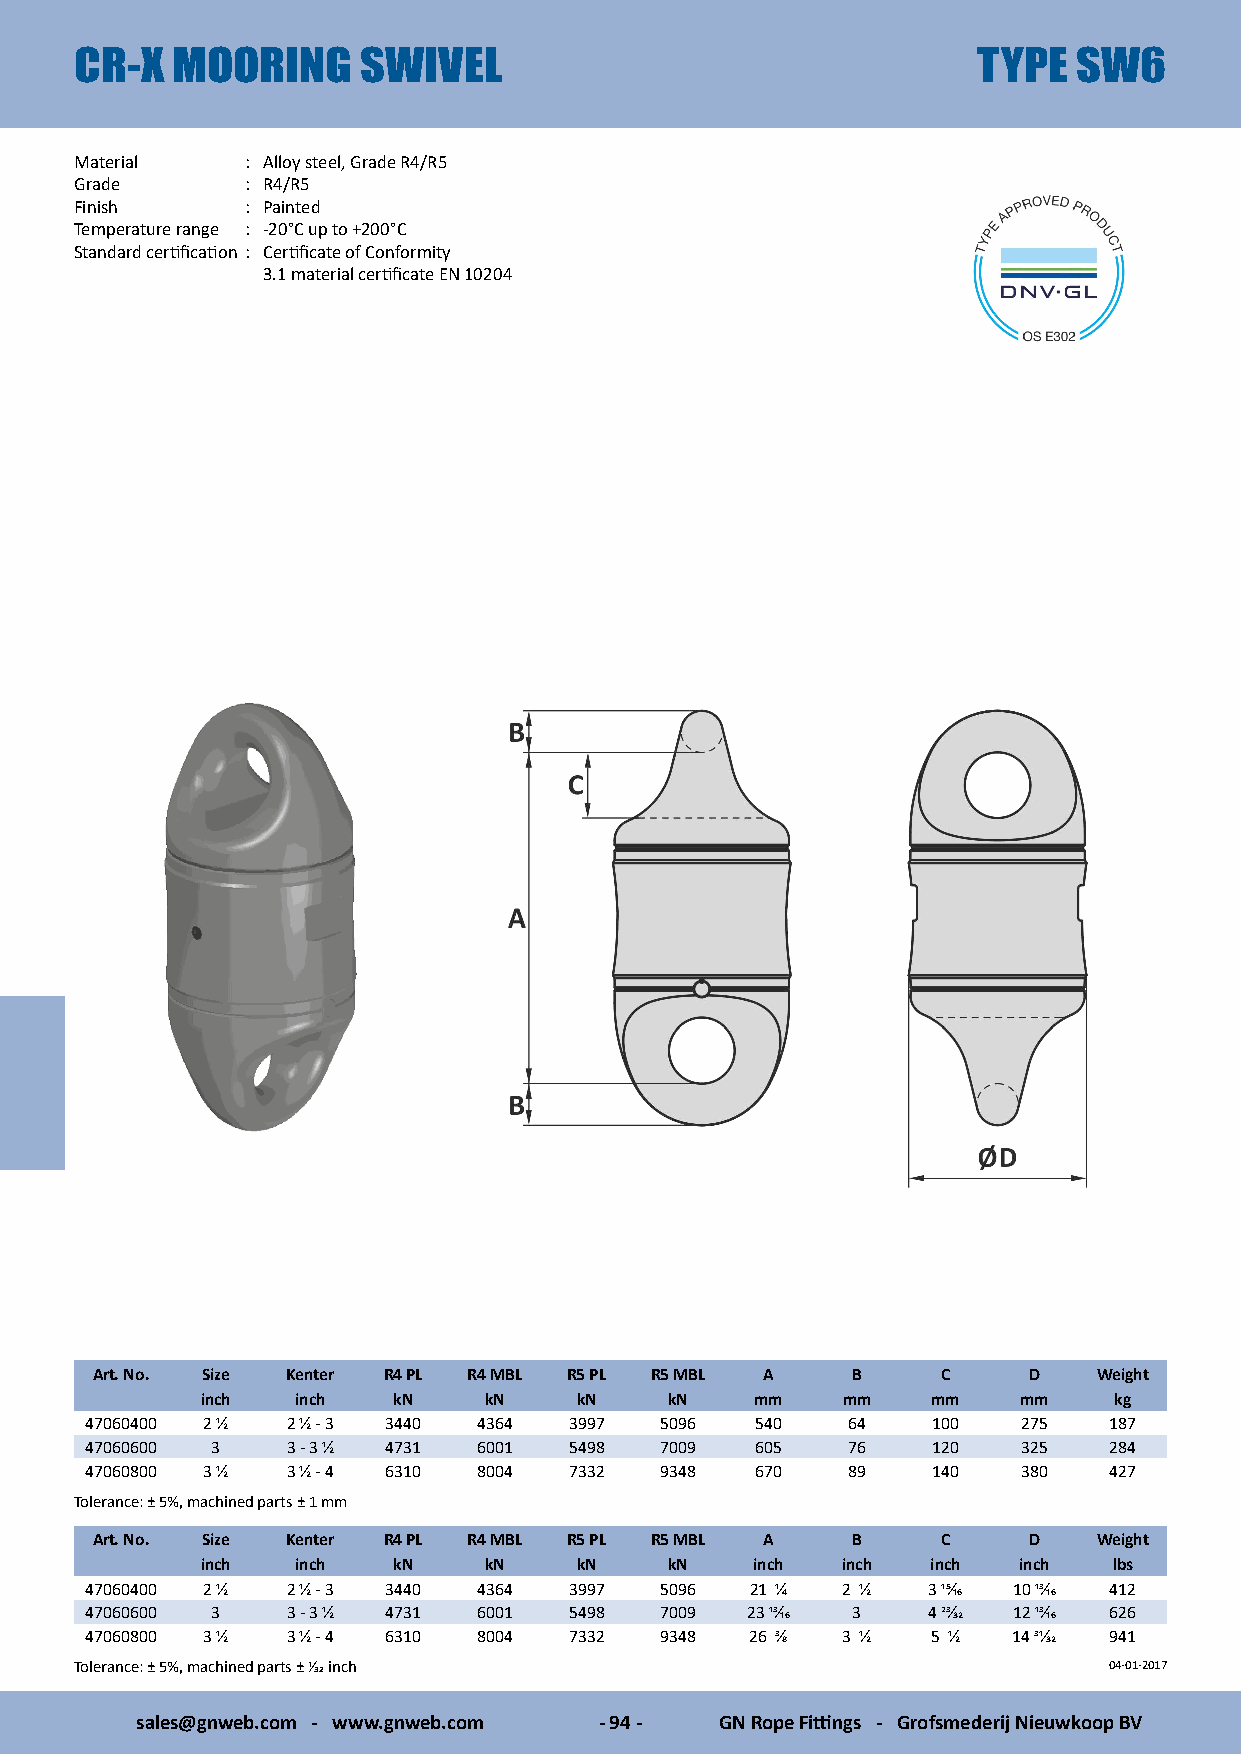
CR-X  MOORING      SWIVEL                                   TYPE  SW6
 Material   : Alloy steel, Grade R4/R5
 Grade      : R4/R5
 Finish     : Painted
 Temperature range : -20°C up to +200°C
 Standard certification : Certificate of Conformity
 3.1 material certificate EN 10204
 Art. No. Size Kenter R4 PL R4 MBL R5 PL R5 MBL A  B     C     D    Weight
 inch   inch  kN    kN    kN    kN    mm    mm    mm   mm     kg
 47060400 2 1/2 2 1/2 - 3 3440 4364 3997 5096 540  64    100   275  187
 47060600 3   3 - 3 1/2 4731 6001 5498 7009  605   76    120   325  284
 47060800 3 1/2 3 1/2 - 4 6310 8004 7332 9348 670  89    140   380  427
 Tolerance: ± 5%, machined parts ± 1 mm
 Art. No. Size Kenter R4 PL R4 MBL R5 PL R5 MBL A  B     C     D    Weight
 inch   inch  kN    kN    kN    kN    inch  inch  inch inch   lbs
 47060400 2 1/2 2 1/2 - 3 3440 4364 3997 5096 21 1/4 2 1/2 3 15/16 10 13/16 412
 47060600 3   3 - 3 1/2 4731 6001 5498 7009 23 13/16 3  4 23/32 12 13/16 626
 47060800 3 1/2 3 1/2 - 4 6310 8004 7332 9348 26 3/8 3 1/2 5 1/2 14 31/32 941
 Tolerance: ± 5%, machined parts ± 1/32 inch                         04-01-2017
 sales@gnweb.com - www.gnweb.com - 94 - GN Rope Fittings - Grofsmederij Nieuwkoop BV